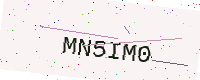
Text: MN5IM0